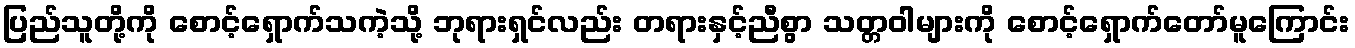
ပြည်သူတို့ကို စောင့်ရှောက်သကဲ့သို့ ဘုရားရှင်လည်း တရားနှင့်ညီစွာ သတ္တဝါများကို စောင့်ရှောက်တော်မူကြောင်း